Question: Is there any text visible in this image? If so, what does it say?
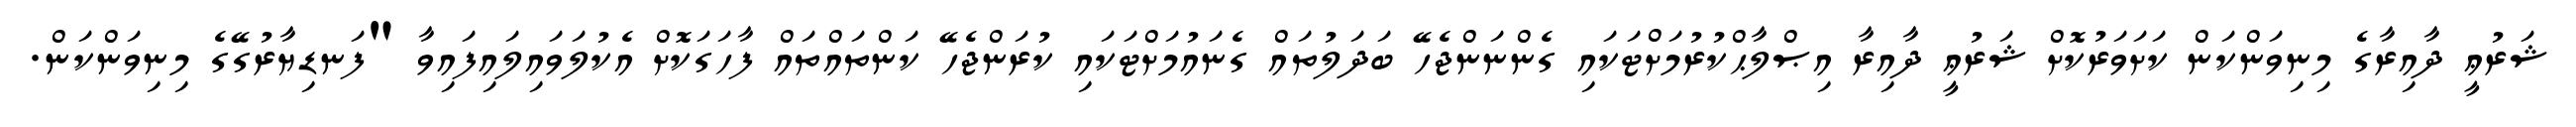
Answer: ޝަރުޢީ ދާއިރާގެ މިނިވަންކަން ކަށަވަރުކޮށް ޝަރުޢީ ދާއިރާ އިޞްލާޙްކުރުމަށްޓަކައި ގެންނަންޖެހޭ ބަދަލުތައް ގެނައުމަށްޓަކައި ކުރަންޖެހޭ ކަންތައްތައް ފާހަގަކޮށް އެކުލަވައިލައިފައިވާ "ފަނޑިޔާރުގޭގެ މިނިވަންކަން.